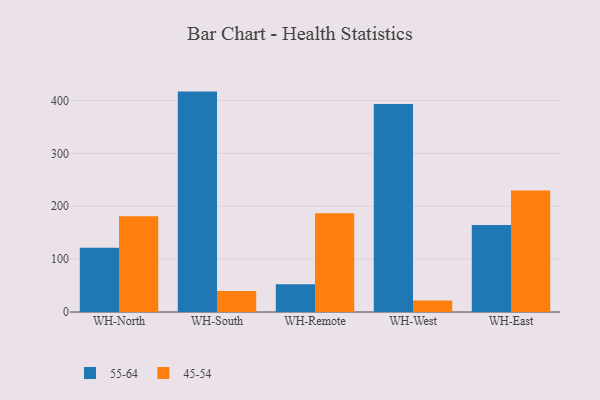
{"axis": {"x": "Warehouse", "y": "Latency (ms)"}, "legend": ["45-54", "55-64"], "data": [{"x": "WH-North", "y": 121.7, "type": "55-64"}, {"x": "WH-North", "y": 181.1, "type": "45-54"}, {"x": "WH-South", "y": 416.8, "type": "55-64"}, {"x": "WH-South", "y": 39.6, "type": "45-54"}, {"x": "WH-Remote", "y": 52.6, "type": "55-64"}, {"x": "WH-Remote", "y": 186.8, "type": "45-54"}, {"x": "WH-West", "y": 393.3, "type": "55-64"}, {"x": "WH-West", "y": 21.6, "type": "45-54"}, {"x": "WH-East", "y": 164.5, "type": "55-64"}, {"x": "WH-East", "y": 230.0, "type": "45-54"}]}